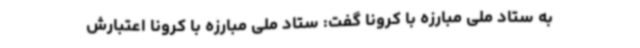
به ستاد ملی مبارزه با کرونا گفت: ستاد ملی مبارزه با کرونا اعتبارش